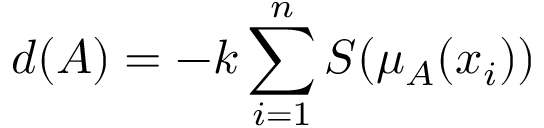
d ( A ) = - k \sum _ { i = 1 } ^ { n } S ( \mu _ { A } ( x _ { i } ) )